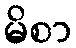
မိစာ